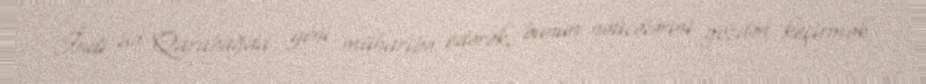
İndi isə Qarabağda yeni müharibə edərək, bunun nəticələrini gözdən keçirmək